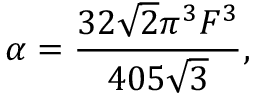
\alpha = \frac { 3 2 \sqrt { 2 } \pi ^ { 3 } F ^ { 3 } } { 4 0 5 \sqrt { 3 } } ,